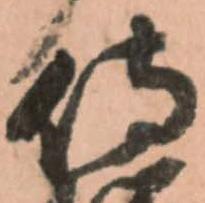
侍